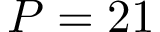
P = 2 1